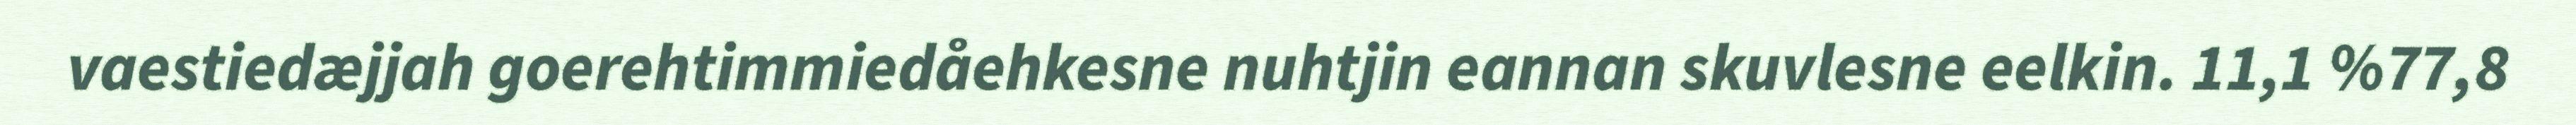
vaestiedæjjah goerehtimmiedåehkesne nuhtjin eannan skuvlesne eelkin. 11,1 %77,8